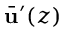
\bar { \mathbf { u } } ^ { \prime } ( z )